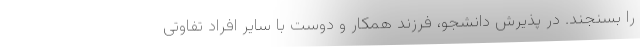
را بسنجند. در پذیرش دانشجو، فرزند همکار و دوست با سایر افراد تفاوتی